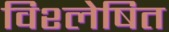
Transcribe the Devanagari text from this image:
विश्‍लेषित